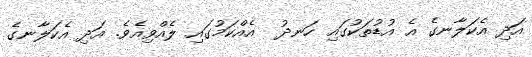
އަދި އެކަލާނގެ އެ އުޑުތަކުގައި ހަނދު  އެއްކަމުގައި ލެއްވިއެވެ. އަދި އެކަލާނގެ